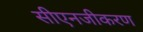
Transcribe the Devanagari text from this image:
सीएनजीकरण